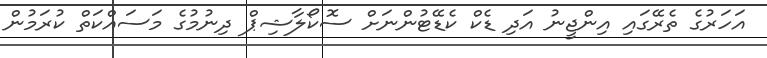
އަހަރުގެ ތެރޭގައި އިންޖީނު އަދި ޑެކް ކެޑޭޓުންނަށް ސޮކޯލާޝިޕް ދިނުމުގެ މަސައްކަތް ކުރަމުން